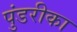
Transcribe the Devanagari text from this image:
पुंडरीका